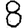
Digit: 8